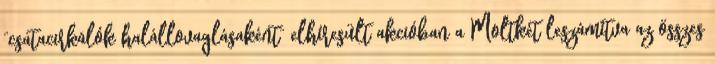
”csatacirkálók halállovaglásaként” elhíresült akcióban a Moltkét leszámítva az összes